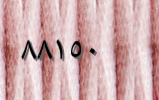
٨٨١٥٠